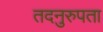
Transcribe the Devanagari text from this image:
तदनुरुपता